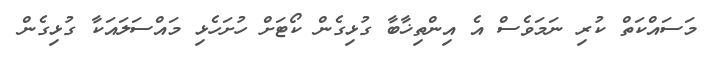
މަސައްކަތް ކުރި ނަމަވެސް އެ އިންތިޚާބާ ގުޅިގެން ކޯޓަށް ހުށަހެޅި މައްސަލައަކާ ގުޅިގެން